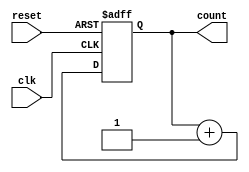
module async_counter #(parameter N = 4) (
    input wire clk,          // Clock input
    input wire reset,        // Asynchronous reset
    output reg [N-1:0] count // N-bit count output
);

    // Always block to handle the counter logic
    always @(posedge clk or posedge reset) begin
        if (reset) begin
            count <= 0; // Reset the count to 0
        end else begin
            // Increment the count
            count <= count + 1;
        end
    end

endmodule